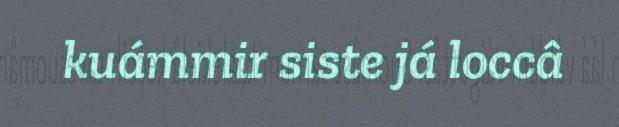
kuámmir siste já loccâ